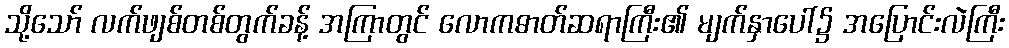
သို့သော် လက်ဖျစ်တစ်တွက်ခန့် အကြာတွင် လောကဓာတ်ဆရာကြီး၏ မျက်နှာပေါ်၌ အပြောင်းလဲကြီး